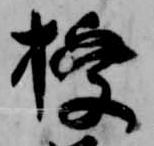
授